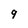
Character: 9